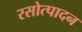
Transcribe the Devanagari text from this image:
रसोत्पादन